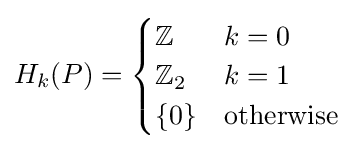
H_{k}(P)={\begin{cases}\mathbb {Z} &k=0\\\mathbb {Z} _{2}&k=1\\\{0\}&{\text{otherwise}}\end{cases}}